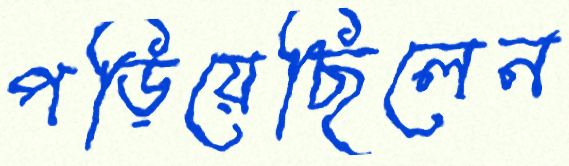
পড়িয়েছিলেন